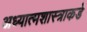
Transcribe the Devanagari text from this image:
अध्यात्मशास्त्राकडे